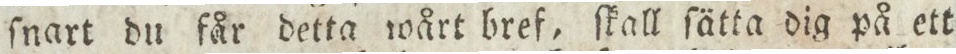
ſnart du får detta wårt bref, ſkall ſätta dig på ett